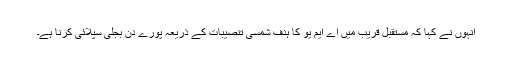
انہوں نے کہا کہ مستقبل قریب میں اے ایم یو کا ہدف شمسی تنصیبات کے ذریعہ پورے دن بجلی سپلائی کرنا ہے۔